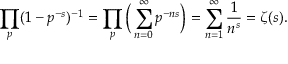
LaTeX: \prod _ { p } ( 1 - p ^ { - s } ) ^ { - 1 } = \prod _ { p } { \Big ( } \sum _ { n = 0 } ^ { \infty } p ^ { - n s } { \Big ) } = \sum _ { n = 1 } ^ { \infty } { \frac { 1 } { n ^ { s } } } = \zeta ( s ) .